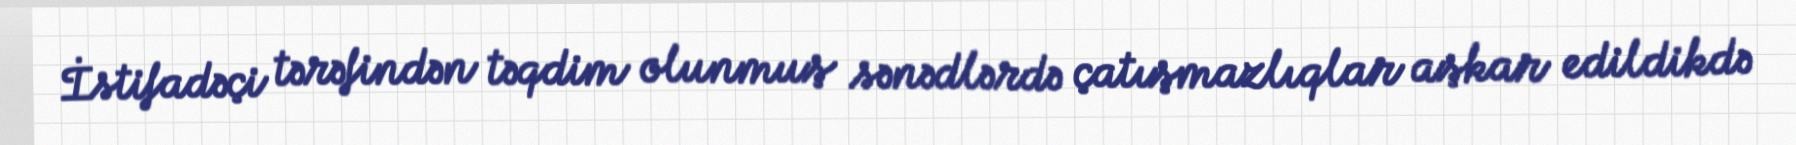
İstifadəçi tərəfindən təqdim olunmuş sənədlərdə çatışmazlıqlar aşkar edildikdə